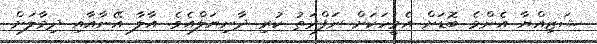
ޝަޒިއްޔާ އެންމެ ބޮޑަށް އެމީހަކަށް ނަފްރަތު ކުރި ދާނިޔަލްއެވެ. އާލާ އޭނާއާއި ދިމާލަށް